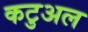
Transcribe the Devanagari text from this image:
कटुअल